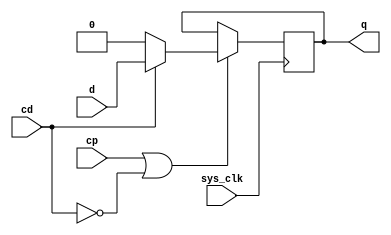
module fd2q
(
	output	q,
	input		d,
	input		cp,
	input		cd,
	input		sys_clk
);

reg	fd_data = 1'b0;

assign q = fd_data;

// always @(posedge cp or negedge cd)
always @(posedge sys_clk)
begin
	if (cp | (~cd)) begin
		if (~cd) begin
			fd_data <= 1'b0;
		end else begin
			fd_data <= d;
		end
	end
end

endmodule